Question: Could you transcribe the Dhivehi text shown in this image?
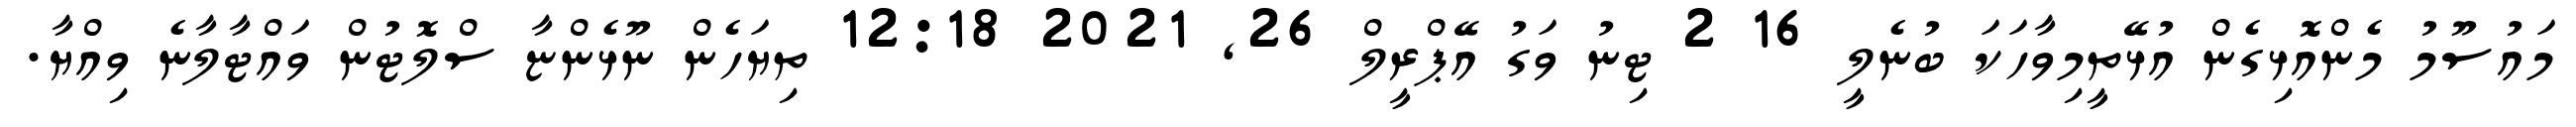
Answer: މައުސޫމު މެންއޮޅިގެން އުޅޭތީމިވާހަކަ ބުނެލީ 16 2 ޓިނު ވަގު އޭޕްރީލް 26, 2021 12:18 ތިޔަހެން ނޫޅެންޏާ ސްލޮޓުން ވައްޓާލާނެ ވިއްޔާ.